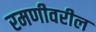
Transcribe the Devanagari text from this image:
रमणीवरील